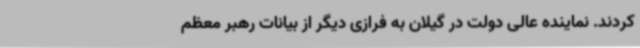
کردند. نماینده عالی دولت در گیلان به فرازی دیگر از بیانات رهبر معظم